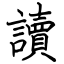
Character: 讀